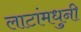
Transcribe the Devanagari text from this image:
लाटांमधुनी